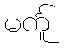
မင်္ကူ